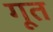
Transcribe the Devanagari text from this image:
गूत